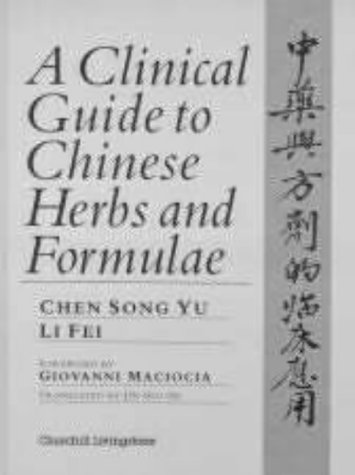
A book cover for A Clinical Guide to Chinese Herbs and Formulae, 1e; C. Song Yu; Health, Fitness & Dieting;